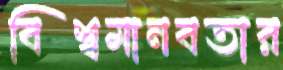
বিশ্বমানবতার